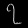
Digit: ၇